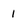
Character: 1